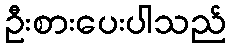
ဦးစားပေးပါသည်